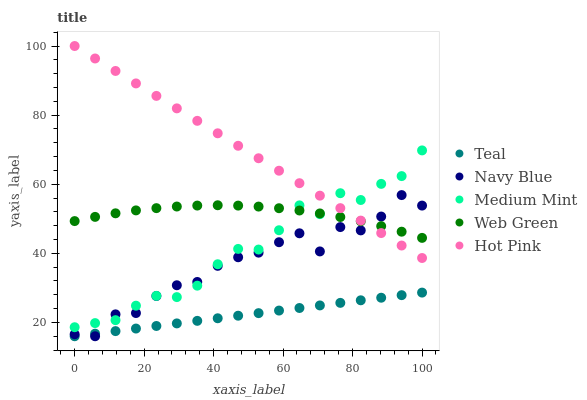
| xaxis_label | Teal | Navy Blue | Medium Mint | Web Green | Hot Pink |
 | --- | --- | --- | --- | --- | --- |
 | 0 | 16 | 16.6 | 18.6 | 49.3 | 100 |
 | 5.88 | 16.7 | 16 | 19.8 | 50.6 | 96.4 |
 | 11.8 | 17.5 | 22.3 | 20.7 | 51.6 | 92.8 |
 | 17.6 | 18.2 | 22.7 | 24.8 | 52.4 | 89.2 |
 | 23.5 | 19 | 27.7 | 27.7 | 53.1 | 85.6 |
 | 29.4 | 19.7 | 30.8 | 27.3 | 53.5 | 82 |
 | 35.3 | 20.5 | 31.7 | 30.6 | 53.8 | 78.3 |
 | 41.2 | 21.2 | 36.4 | 36.8 | 53.9 | 74.7 |
 | 47.1 | 21.9 | 38.9 | 41.3 | 53.8 | 71.1 |
 | 52.9 | 22.7 | 40.2 | 41.1 | 53.5 | 67.5 |
 | 58.8 | 23.4 | 43.2 | 46.7 | 53.1 | 63.9 |
 | 64.7 | 24.2 | 45.8 | 53.9 | 52.4 | 60.3 |
 | 70.6 | 24.9 | 40.6 | 51.3 | 51.5 | 56.7 |
 | 76.5 | 25.7 | 47.6 | 57.4 | 50.5 | 53.1 |
 | 82.4 | 26.4 | 46.6 | 55.4 | 49.3 | 49.5 |
 | 88.2 | 27.1 | 50.6 | 60.1 | 47.9 | 45.9 |
 | 94.1 | 27.9 | 56.9 | 62.4 | 46.3 | 42.3 |
 | 100 | 28.6 | 53.8 | 69.8 | 44.5 | 38.6 |